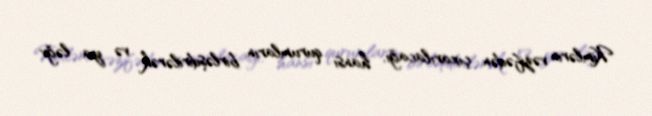
Kimlərin vəzifədən çıxarılacağı, hansı qurumların birləşdirilərək və ya ləğv